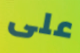
على